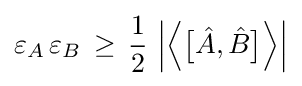
\varepsilon _{A}\,\varepsilon _{B}\,\geq \,{\frac {1}{2}}\,\left|{\Bigl \langle }{\bigl [}{\hat {A}},{\hat {B}}{\bigr ]}{\Bigr \rangle }\right|